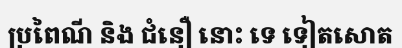
ប្រពៃណី និង ជំនឿ នោះ ទេ ទៀតសោត